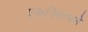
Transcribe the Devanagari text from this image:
एकनिष्ठपणे